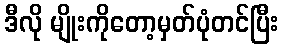
ဒီလို မျိုးကိုတော့မှတ်ပုံတင်ပြီး